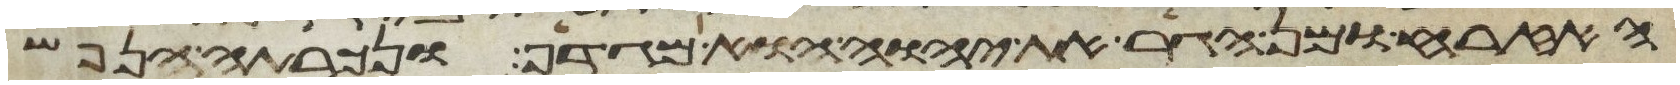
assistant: האזרח ומן הגר את יהוה הוא מגדף ונכרתה הנפש